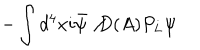
LaTeX: - \int d ^ { 4 } x i \bar { \psi } \not { D ( A ) } P _ { L } \psi